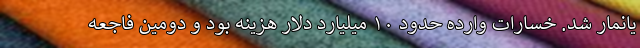
یانمار شد. خسارات وارده حدود ۱۰ میلیارد دلار هزینه بود و دومین فاجعه